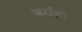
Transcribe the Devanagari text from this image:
जर्राहों